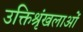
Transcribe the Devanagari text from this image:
उक्तिश्रृंखलाओं